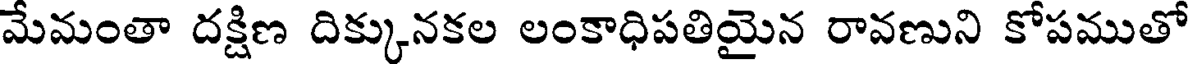
మేమంతా దక్షిణ దిక్కునకల లంకాధిపతియైన రావణుని కోపముతో